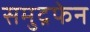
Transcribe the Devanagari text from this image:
समुद्रफेन